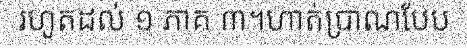
រហូតដល់ ១ ភាគ ៣។ហាត់ប្រាណបែប